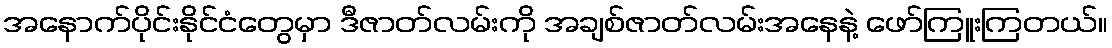
အနောက်ပိုင်းနိုင်ငံတွေမှာ ဒီဇာတ်လမ်းကို အချစ်ဇာတ်လမ်းအနေနဲ့ ဖော်ကြူးကြတယ်။